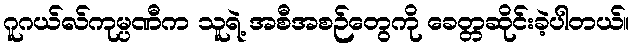
ဂူဂယ်လ်ကုမ္ပဏီက သူရဲ့ အစီအစဉ်တွေကို ခေတ္တဆိုင်းခဲ့ပါတယ်။